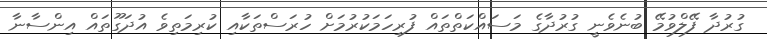
ގުރުދާ ފޭލްވުމޭ ބުނެވެނީ ގުރުދާގެ މަސައްކަތްތައް ފުރިހަމަކުރުމަށް ހުރަސްތަކާއި ކުރިމަތިވެ އުދަގޫތައް އިންސާނާ